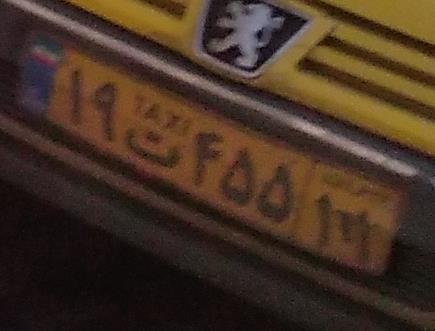
۱۹ت۴۵۵۱۱